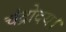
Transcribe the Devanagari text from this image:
चंद्रोदय।